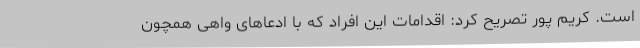
است. کریم پور تصریح کرد: اقدامات این افراد که با ادعاهای واهی همچون